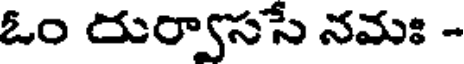
ఓం దుర్వాససే నమః -